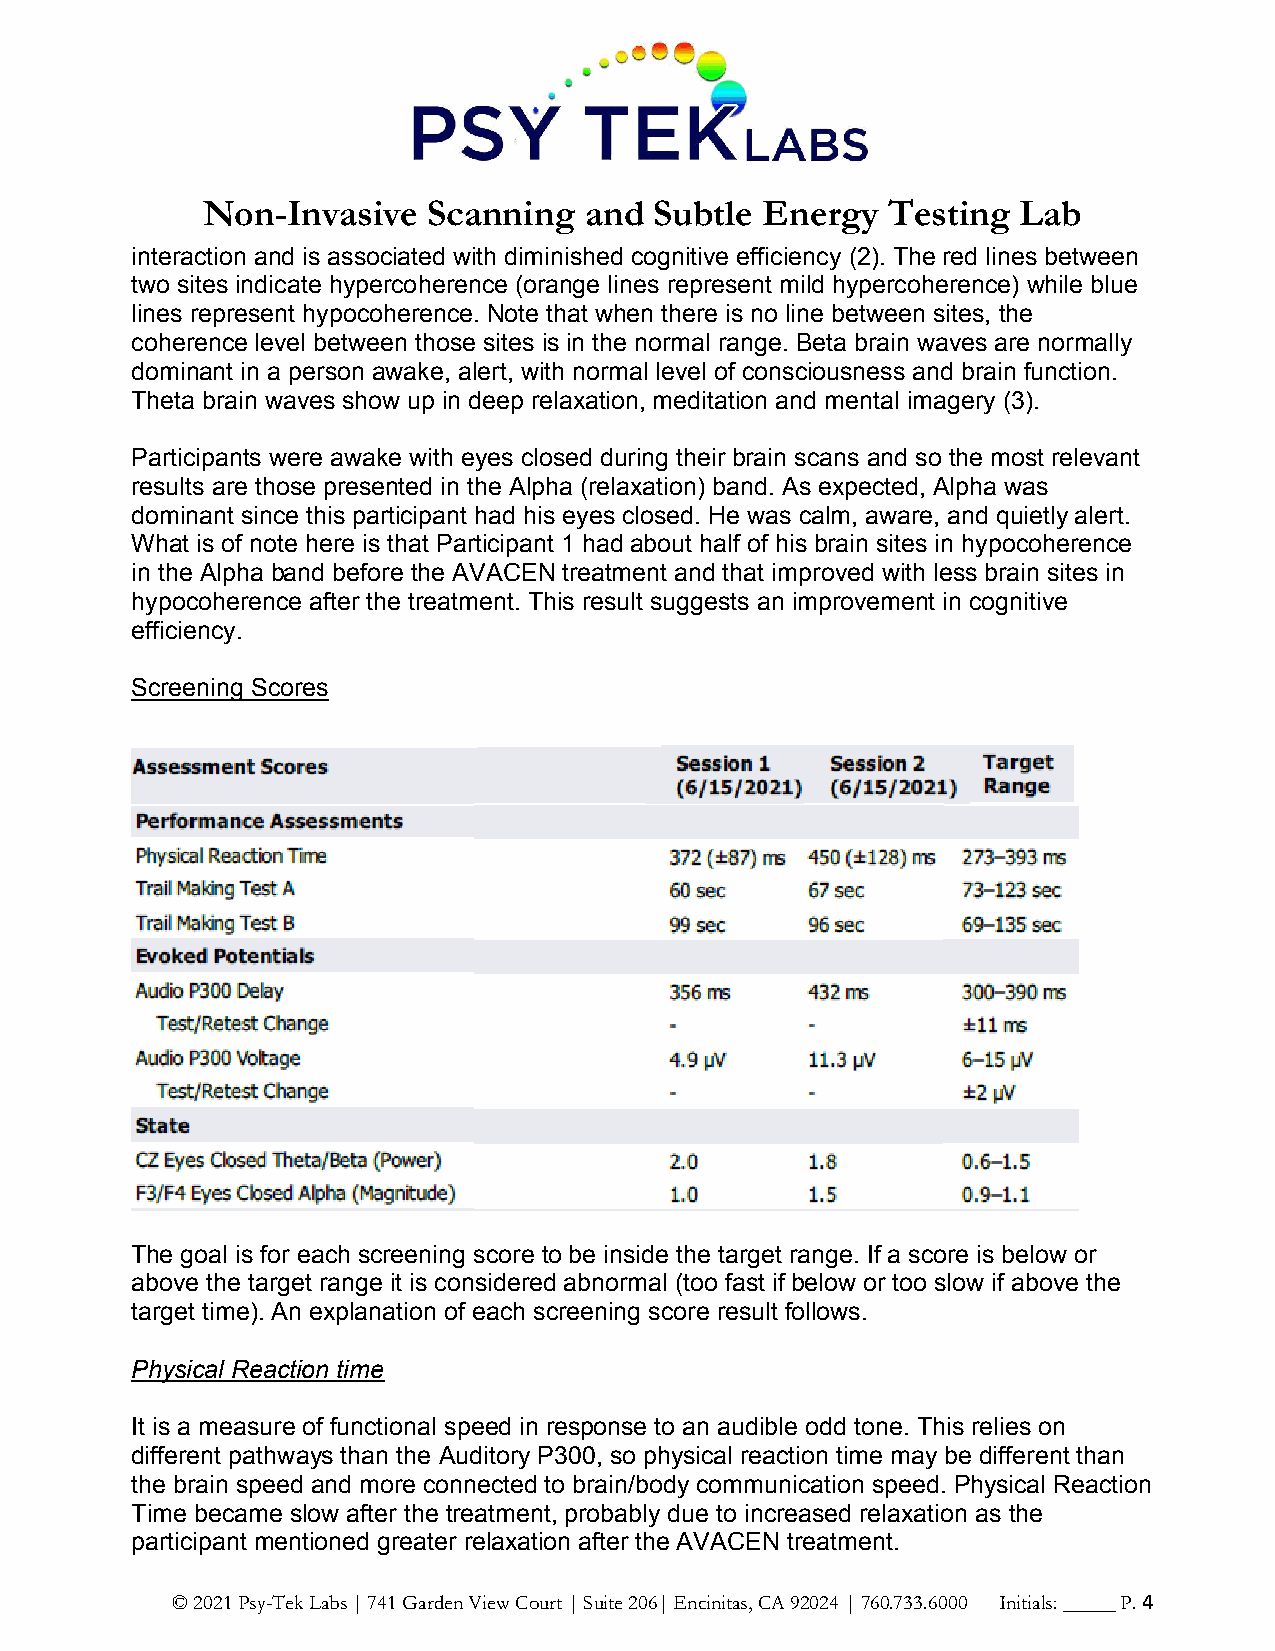
Non-Invasive   Scanning   and Subtle Energy   Testing  Lab
 interaction and is associated with diminished cognitive efficiency (2). The red lines between
 two sites indicate hypercoherence (orange lines represent mild hypercoherence) while blue
 lines represent hypocoherence. Note that when there is no line between sites, the
 coherence level between those sites is in the normal range. Beta brain waves are normally
 dominant in a person awake, alert, with normal level of consciousness and brain function.
 Theta brain waves show up in deep relaxation, meditation and mental imagery (3).
 Participants were awake with eyes closed during their brain scans and so the most relevant
 results are those presented in the Alpha (relaxation) band. As expected, Alpha was
 dominant since this participant had his eyes closed. He was calm, aware, and quietly alert.
 What is of note here is that Participant 1 had about half of his brain sites in hypocoherence
 in the Alpha band before the AVACEN treatment and that improved with less brain sites in
 hypocoherence after the treatment. This result suggests an improvement in cognitive
 efficiency.
 Screening Scores
 The goal is for each screening score to be inside the target range. If a score is below or
 above the target range it is considered abnormal (too fast if below or too slow if above the
 target time). An explanation of each screening score result follows.
 Physical Reaction time
 It is a measure of functional speed in response to an audible odd tone. This relies on
 different pathways than the Auditory P300, so physical reaction time may be different than
 the brain speed and more connected to brain/body communication speed. Physical Reaction
 Time became slow after the treatment, probably due to increased relaxation as the
 participant mentioned greater relaxation after the AVACEN treatment.
 © 2021 Psy-Tek Labs | 741 Garden View Court | Suite 206| Encinitas, CA 92024 | 760.733.6000 Initials: _____ P. 4